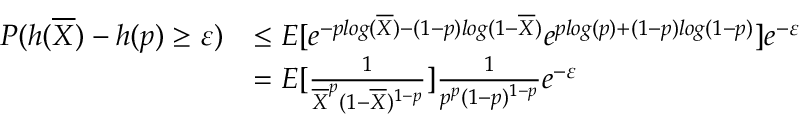
\begin{array} { r l } { P ( h ( \overline { { X } } ) - h ( p ) \geq \varepsilon ) } & { \leq E [ e ^ { - p l o g ( \overline { { X } } ) - ( 1 - p ) l o g ( 1 - \overline { { X } } ) } e ^ { p l o g ( p ) + ( 1 - p ) l o g ( 1 - p ) } ] e ^ { - \varepsilon } } \\ & { = E [ \frac { 1 } { \overline { { X } } ^ { p } ( 1 - \overline { { X } } ) ^ { 1 - p } } ] \frac { 1 } { p ^ { p } ( 1 - p ) ^ { 1 - p } } e ^ { - \varepsilon } } \end{array}